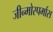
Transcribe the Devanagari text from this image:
जीन्मोस्पर्मास